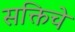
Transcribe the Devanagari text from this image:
सक्तिचे